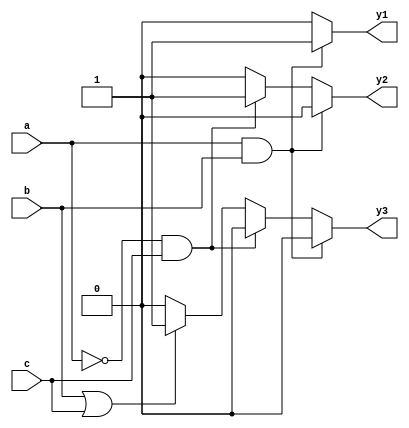
module combinational_logic (
    input wire  a,
    input wire  b,
    input wire  c,
    output reg  y1,
    output reg  y2,
    output reg  y3
);

always @(*) begin
    // Default assignments (optional)
    y1 = 0;
    y2 = 0;
    y3 = 0;

    // Combinational logic based on the input signals
    if (a && b) begin
        y1 = 1; // Output y1 is high if both a and b are high
    end else if (~a && c) begin
        y2 = 1; // Output y2 is high if a is low and c is high
    end else if (b || c) begin
        y3 = 1; // Output y3 is high if either b or c is high
    end
end

endmodule